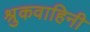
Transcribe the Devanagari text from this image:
श्रुकवाहिनी